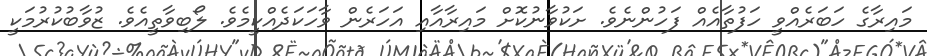
މައިރާގެ ހަބަރެއްވީ ހަފުތާއެއް ފަހުންނެވެ. ށަކުވާނުކޮށް މައިރާއާއި އަހަރެން ވާހަކަދެއްކީމެވެ. ލޯބިވާތީއެވެ. ޒުވާބުކުރުމަކީ